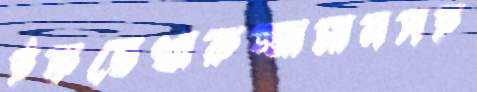
ইফতেখারুজ্জামানসহ